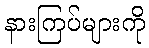
နားကြပ်များကို